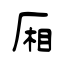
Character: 厢